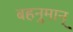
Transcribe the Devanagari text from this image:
बहनुमान्